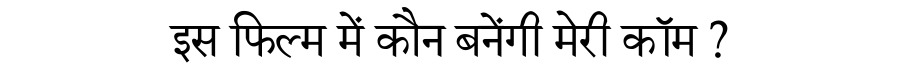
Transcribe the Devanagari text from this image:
इस फिल्म में कौन बनेंगी मेरी कॉम ?